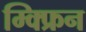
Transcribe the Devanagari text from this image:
म्क्फ्रिन